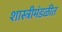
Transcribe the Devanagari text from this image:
शास्त्रीमंडळीत